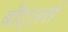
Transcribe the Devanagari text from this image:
बौट्लर्स